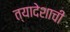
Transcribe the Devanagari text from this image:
त्यादेशाची